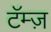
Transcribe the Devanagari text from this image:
टॅम्ज़